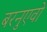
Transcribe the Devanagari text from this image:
बरनुएवो